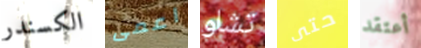
الكسندر اعمى تشاو حتى أعتقد